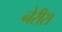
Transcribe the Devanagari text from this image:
नेरीस